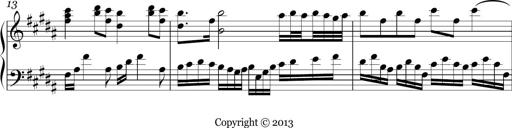
Title: Ten Piano Sonatinas
Composer: Andreas Sain